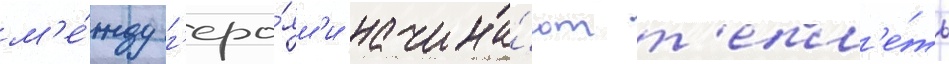
м'е́жду г'еро́ям'и начина́ют т'епл'е́ть